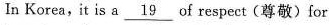
In Korea, it is a \underline{19} of respect (尊敬)for